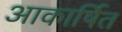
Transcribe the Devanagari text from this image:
आकार्षित